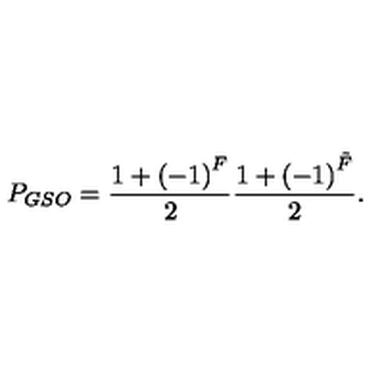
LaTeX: P _ { G S O } = \frac { 1 + \left( - 1 \right) ^ { F } } { 2 } \frac { 1 + \left( - 1 \right) ^ { \tilde { F } } } { 2 } .